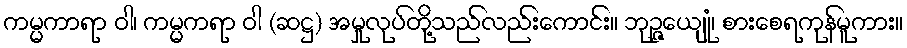
ကမ္မကာရာ ဝါ၊ ကမ္မကရာ ဝါ (ဆဋ္ဌ) အမှုလုပ်တို့သည်လည်းကောင်း။ ဘုဉ္ဇေယျုံ၊ စားစေရကုန်မူကား။